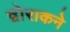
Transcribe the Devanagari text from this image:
द्वोराकने